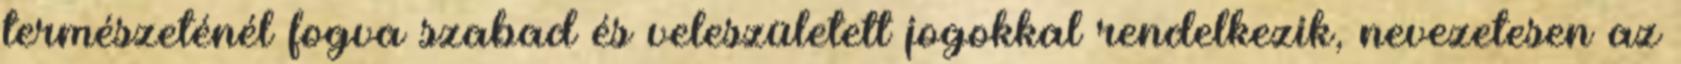
természeténél fogva szabad és veleszületett jogokkal rendelkezik, nevezetesen az